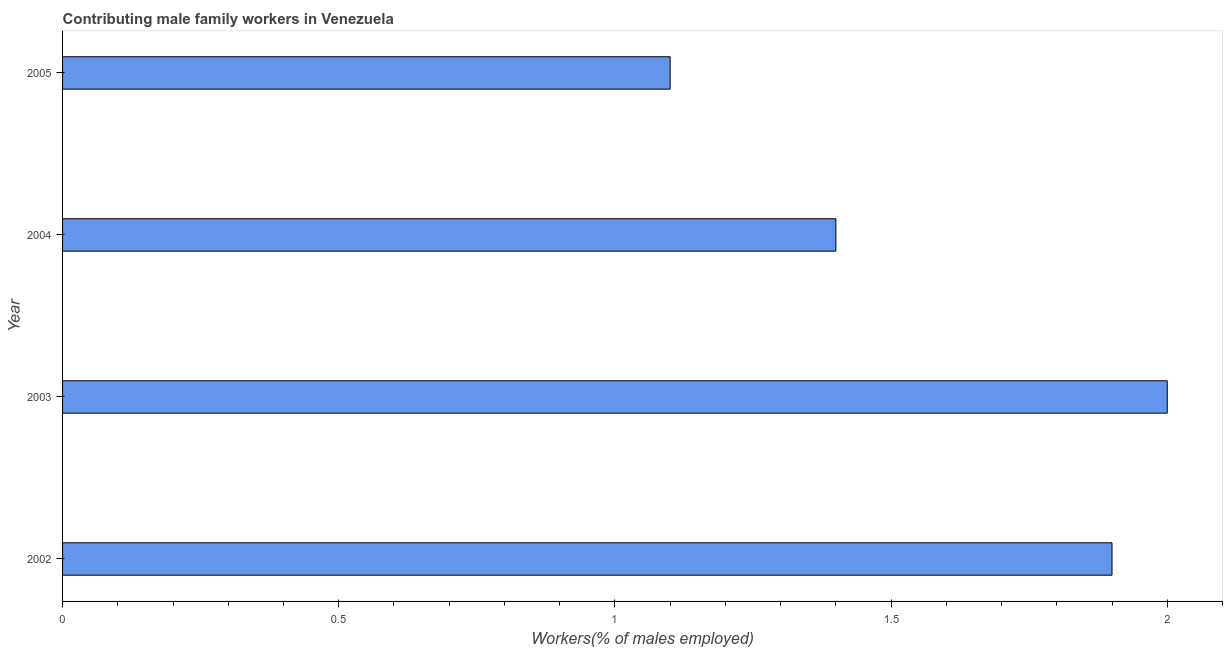
| Year | Contributing family workers |
 | --- | --- |
 | 2002 | 1.9 |
 | 2003 | 2 |
 | 2004 | 1.4 |
 | 2005 | 1.1 |